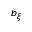
b _ { \xi }